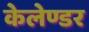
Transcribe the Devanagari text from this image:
केलेण्डर